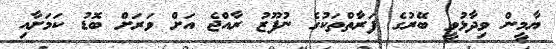
ޔާމީން ވިދާޅުވީ ބޭރުގެ ފަރާތްތަކުގެ ނުފޫޒު ރާއްޖެ އަށް ވަރަށް ބޮޑު ކަމަށާއި